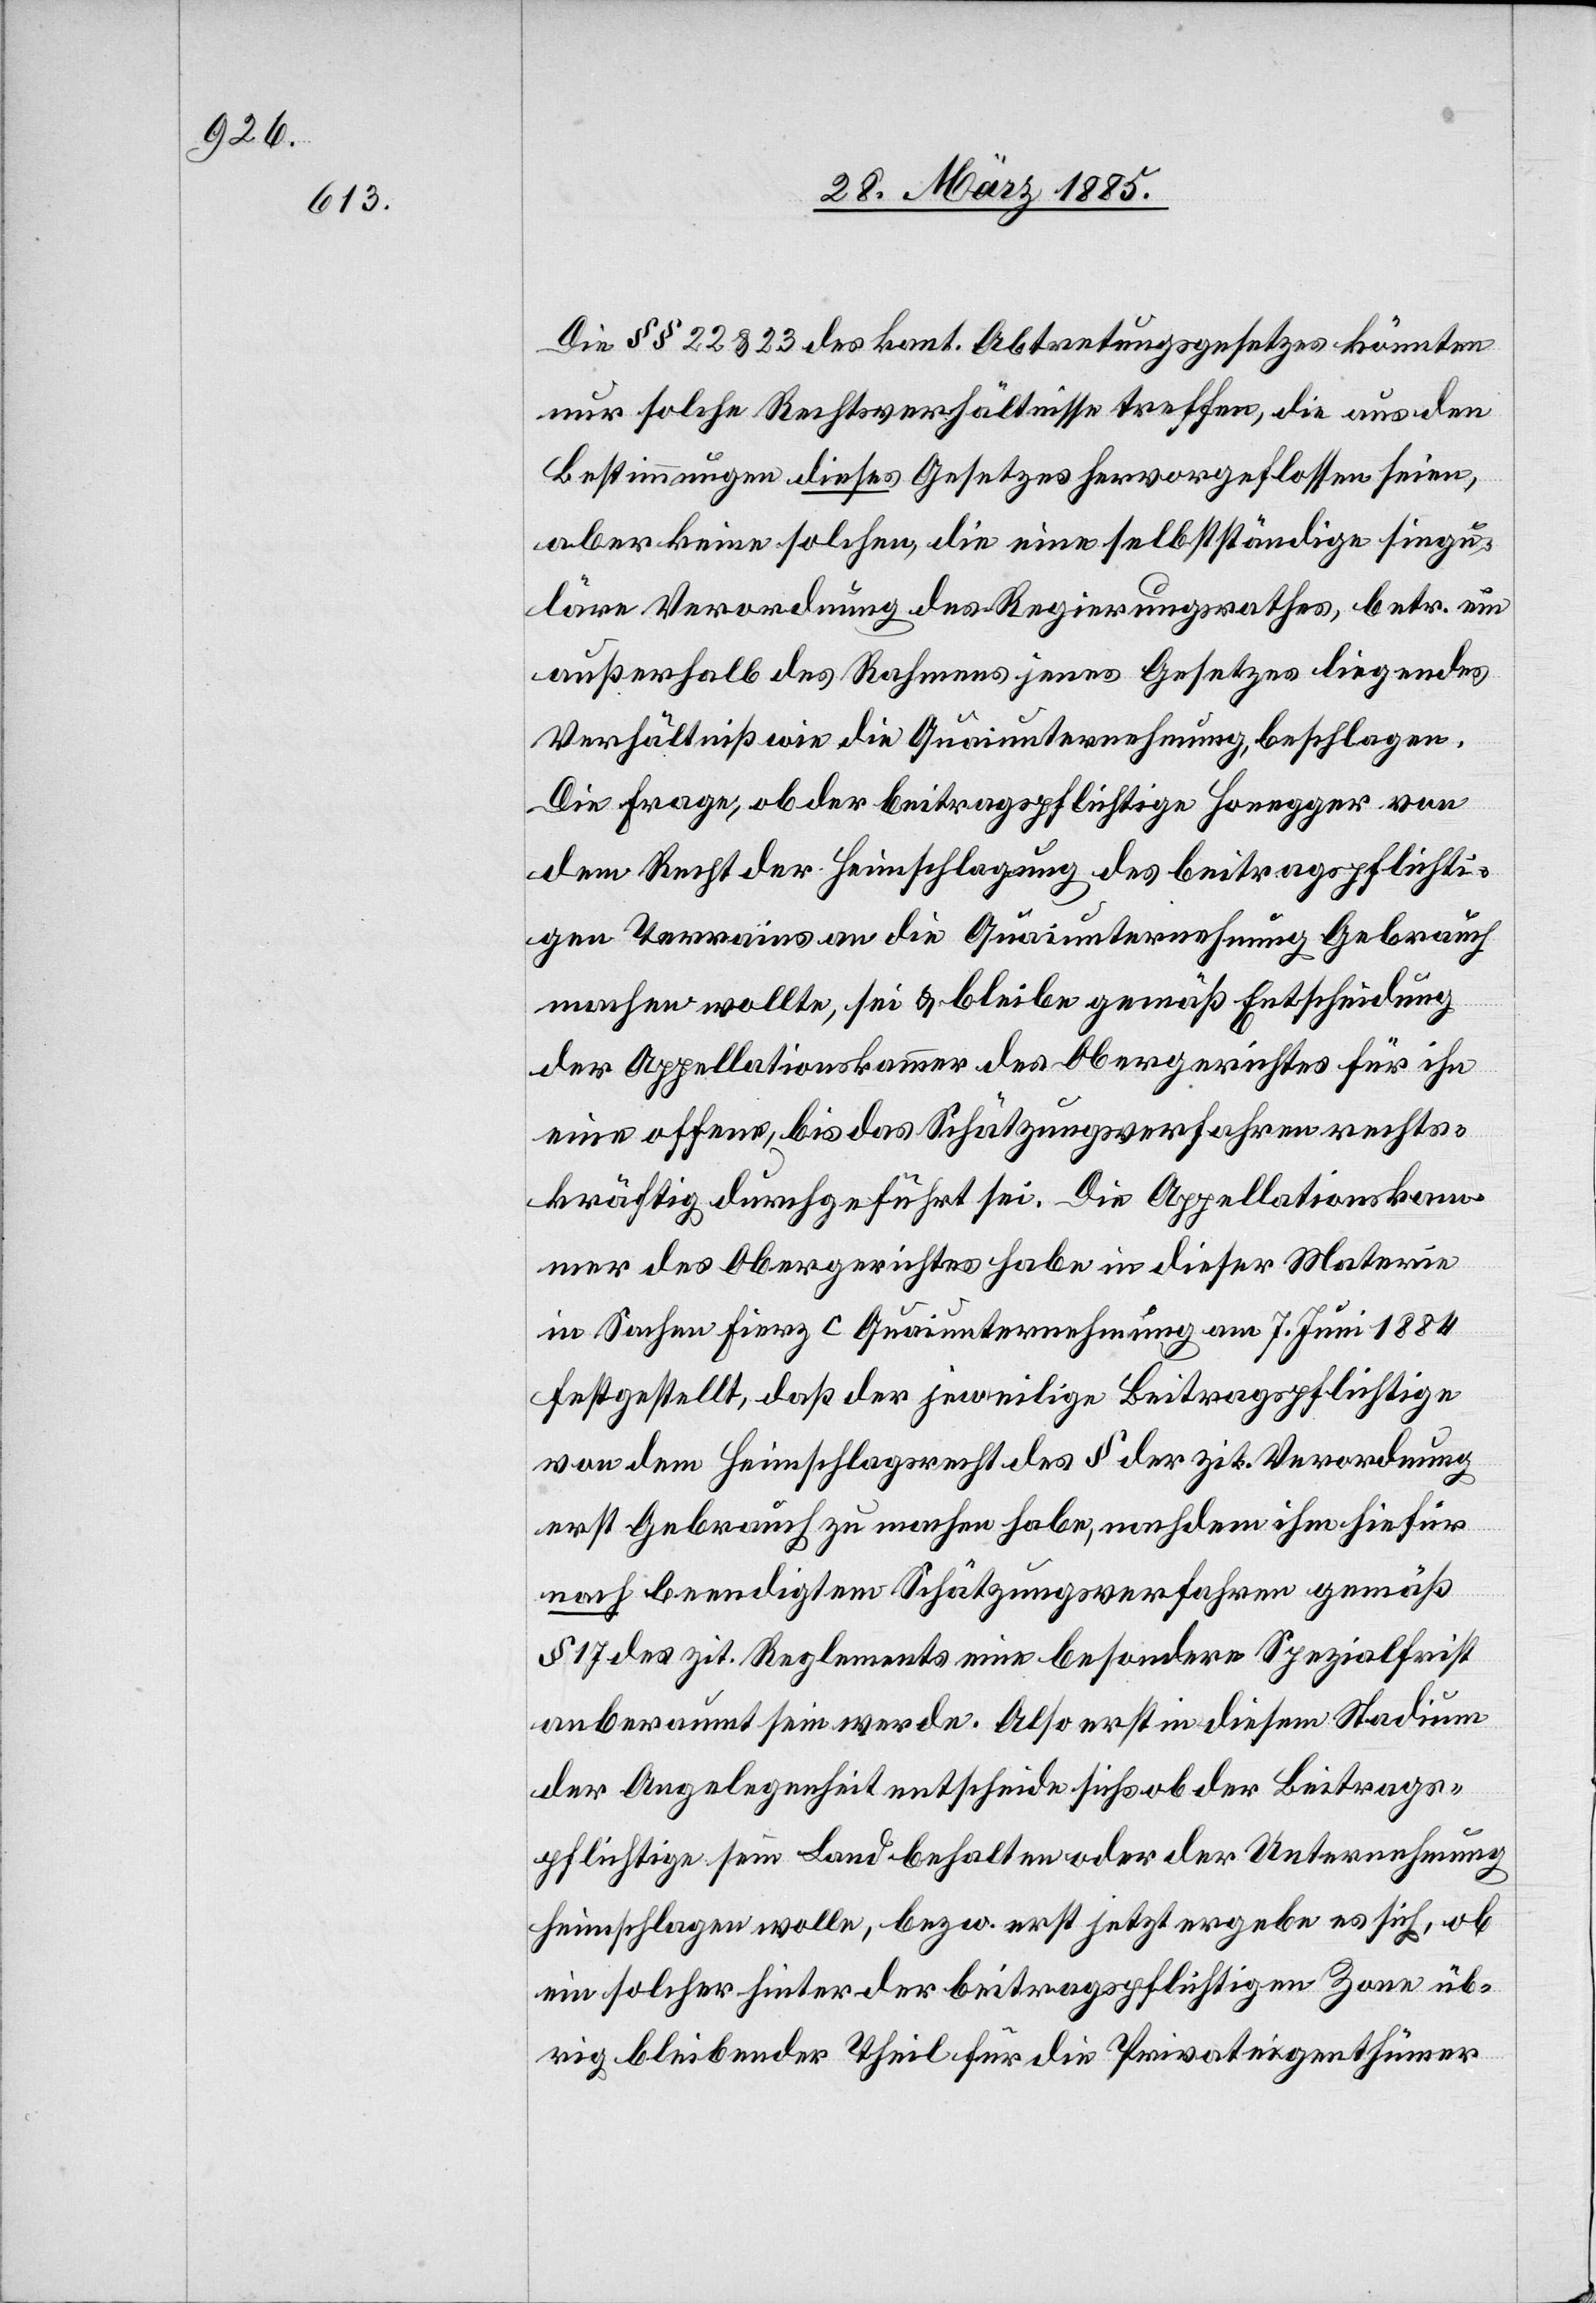
Die §§ 22 & 23 des kant. Abtretungsgesetzes könnten
nur solche Rechtsverhältnisse treffen, die aus den
Bestimmungen dieses Gesetzes hervorgeflossen seien,
aber keine solchen, die eine selbstständige singu¬
läre Verordnung des Regierungsrathes, betr. ein
außerhalb des Rahmens jenes Gesetzes liegendes
Verhältniß wie die Quaiunternehmung, beschlagen.
Die Frage, ob der beitragspflichtige Honegger von
dem Recht der Heimschlagung des beitragspflichti¬
gen Terrains an die Quaiunternehmung Gebrauch
machen wollte, sei & bleibe gemäß Entscheidung
der Appellationskammer des Obergerichtes für ihn
eine offene, bis das Schätzungsverfahren rechts¬
kräftig durchgeführt sei. Die Appellationskam¬
mer des Obergerichtes haben dieser Materie
in Sachen Fierz c. Quaiunternehmung am 7. Juni 1884
festgestellt, daß der jeweilige Beitragspflichtige
von dem Heimschlagsrecht des § der zit. Verordnung
erst Gebrauch zu machen habe, nachdem ihm hiefür
nach beendigtem Schätzungsverfahren gemäß
§ 17 des zit. Reglements eine besondere Spezialfrist
anberaumt sein werde. Also erst in diesem Stadium
der Angelegenheit entscheide sichs ob der Beitrags¬
pflichtige sein Land behalten oder Unternehmung
heimschlagen wolle, bezw. erst jetzt ergebe es sich, ob
ein solcher hinter der beitragspflichtigen Zone üb¬
rig bleibender Theil für die Privateigenthümer